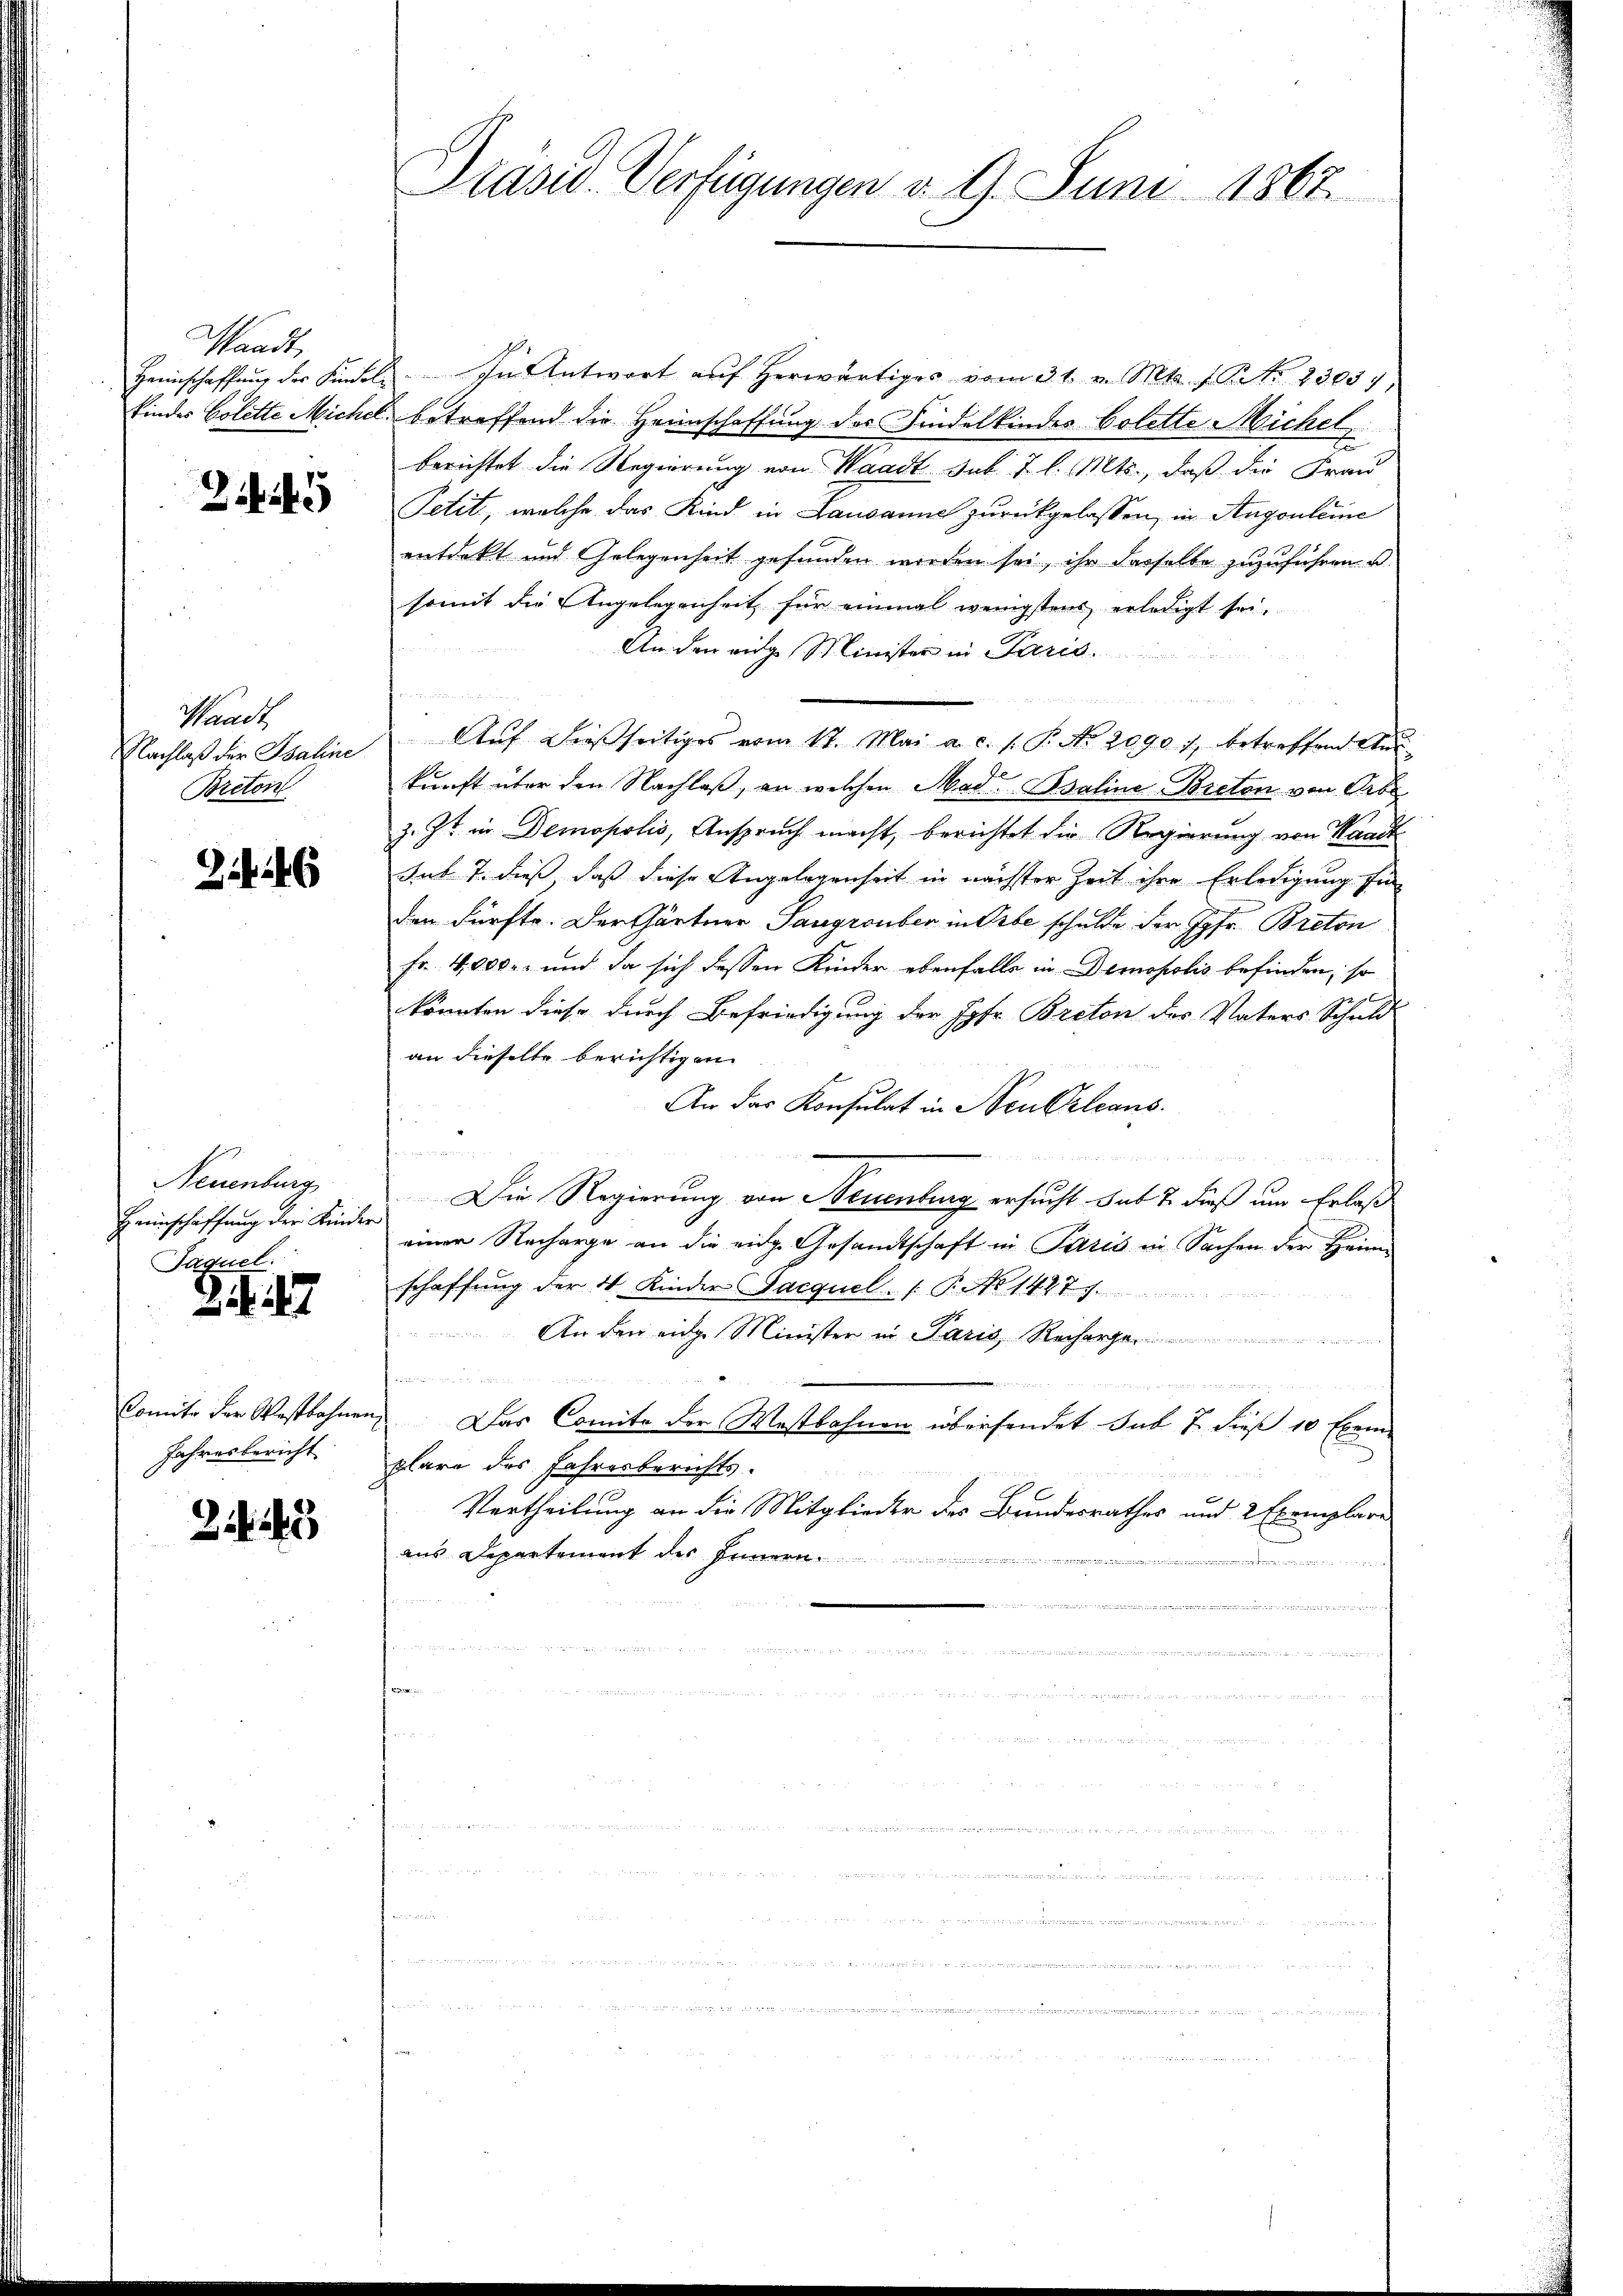
Waadt,
kindes Colette Michel.

Zii45

Waadt
Nachlaß der Spaline
Breton

246

Neuenburg
Heimschaffung der Kinder
Paquel

342

Comite der Westbahnen
Jahresbericht

214

Präsid. Verfügungen d. 9. Juni 1867

Heimschaffŭng der Kindel. In Antwort aŭf herwärtiges vom 31. v. Mts. f. No. 23057
betreffend die Heimschaffung des Kindelkindes Colette Michel,
berichtet die Regierung von Waadt sub. J. l. Mts., daß die Frau
Petit, welche das Kind in Lausanne zurückgelassen, in Augenleine
entdekt und Gelegenheit gefunden werden sei, ihr dasselbe zuzuführen u.
somit die Angelegenheit für einmal wenigstens erledigt sei.
An den eige Minister in Paris.
u
Aŭf dießseitiges vom 17. Mai a. c. s. P. No. 20901, betreffend Aus
kunft über den Nachlaß, an welchen Mad. Baline-Bretan von Arbe
z. Zt. in Demopolis, Anspruch macht, berichtet die Regierung von Waadt
sub 7. dieß, daß diese Angelegenheit in nächster Zeit ihre Erledigung für
den dürfte. Der Gärtner Saugrouber in Orte schulde der Jgfr. Breton
Fr. 4,000.- und da sich dessen Kinder ebenfalls in Demopolis befinden, so
könnten diese durch Befriedigung der Jgfr. Breton des Vaters Schuld
an dieselbe berichtigen
An das Konsulat in Neu Orleans
u

Die Regierung von Neuenburg ersucht sub 2 dieß um Erlaß
einer Recharge an die eidg. Gesandtschaft in Paris in Sachen der Heim
schaffung der 4 Kinder Jacquel /: P. 1447.
An den einge Minister in Paris Recharge
m
Das Comite der Westbahnen übersendet sub 7. dieß 10 Exem-
u
plare des Jahresberichts.
Vertheilung an die Mitglieder des Bundesrathes und 2 Exemplare
aus Departement des Innern.
e
adensernennung

d in an den den

ag in die gegen das in u